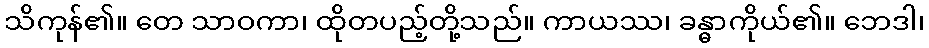
သိကုန်၏။ တေ သာဝကာ၊ ထိုတပည့်တို့သည်။ ကာယဿ၊ ခန္ဓာကိုယ်၏။ ဘေဒါ၊